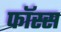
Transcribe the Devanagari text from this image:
फॉस्स